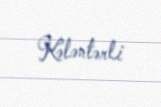
Kələntərli